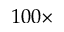
1 0 0 \times